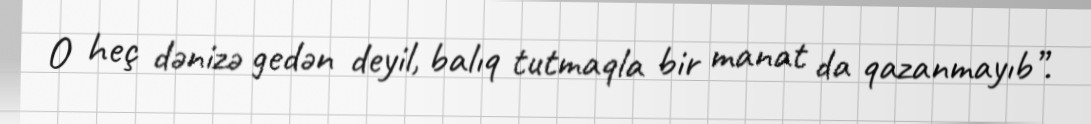
O heç dənizə gedən deyil, balıq tutmaqla bir manat da qazanmayıb”.